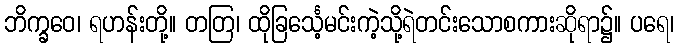
ဘိက္ခဝေ၊ ရဟန်းတို့။ တတြ၊ ထိုခြင်္သေ့မင်းကဲ့သို့ရဲတင်းသောစကားဆိုရာ၌။ ပရေ၊